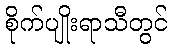
စိုက်ပျိုးရာသီတွင်